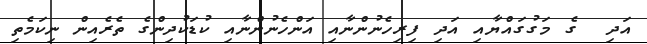
އަދި  ގެ މަގުގައްޔާއި އަދި ފިރިހެނުންނާއި އަންހެނުންނާއި ކުޑަކުދިންގެ ތެރެއިން ނިކަމެތި